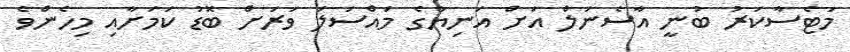
މަޓެސާކަރު ބުނީ އާސެނަލް އަށް އަނިޔާގެ މައްސަލަ ވަރަށް ބޮޑު ކަމަށާއި މިހެންވެ